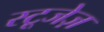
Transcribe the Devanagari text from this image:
स्टूजेज़